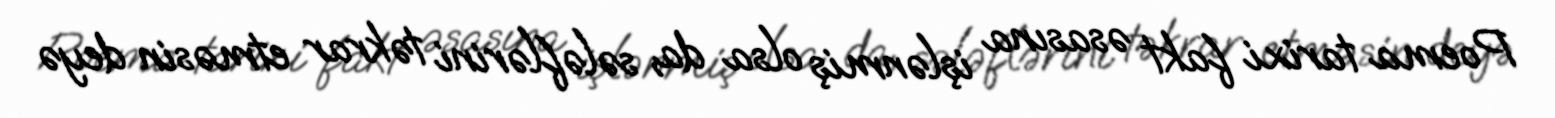
Poema tarixi fakt əsasına işlənmiş olsa da, sələflərini təkrar etməsin deyə